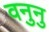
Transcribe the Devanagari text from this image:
वनुनु